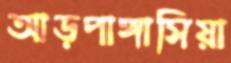
আড়পাঙ্গাসিয়া